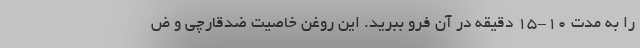
را به مدت 10-15 دقیقه در آن فرو ببرید. این روغن خاصیت ضدقارچی و ض